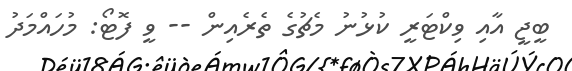
ބީޖީ އާއި ވިކްޓަރީ ކުޅުނު މެޗުގެ ތެރެއިން -- ވީ ފޮޓޯ: މުހައްމަދު